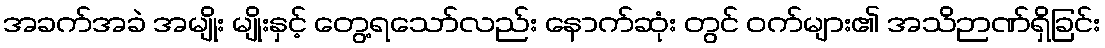
အခက်အခဲ အမျိုး မျိုးနှင့် တွေ့ရသော်လည်း နောက်ဆုံး တွင် ဝက်များ၏ အသိဉာဏ်ရှိခြင်း